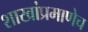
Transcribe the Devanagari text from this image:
शाखांप्रमाणेच